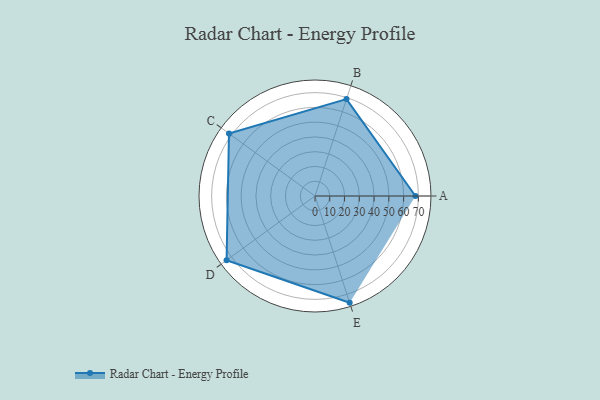
{"axis": {"x": "Skill", "y": "Score"}, "legend": ["Profile"], "data": [{"x": "A", "y": 68.0, "type": "Profile"}, {"x": "B", "y": 69.0, "type": "Profile"}, {"x": "C", "y": 72.0, "type": "Profile"}, {"x": "D", "y": 74.0, "type": "Profile"}, {"x": "E", "y": 76.0, "type": "Profile"}]}